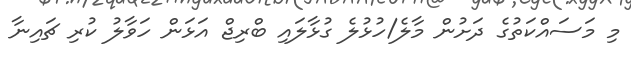
މި މަސައްކަތުގެ ދަށުން މާލެ/ހުޅުލެ ގުޅާލައި ބްރިޖް އަޅަން ހަވާލު ކުރި ޗައިނާ